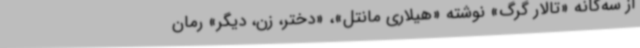
از سه‌گانه «تالار گرگ» نوشته «هیلاری مانتل»، «دختر، زن، دیگر» رمان